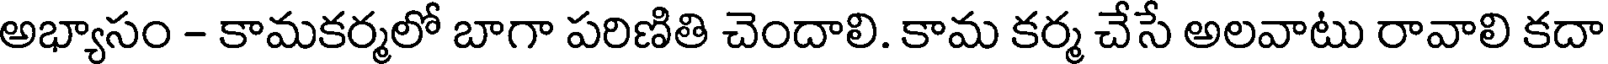
అభ్యాసం - కామకర్మలో బాగా పరిణితి చెందాలి. కామ కర్మ చేసే అలవాటు రావాలి కదా